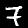
Label: 7